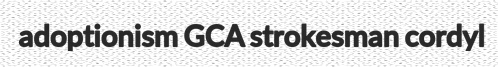
adoptionism GCA strokesman cordyl